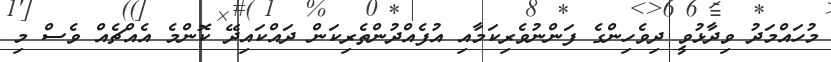
މުހައްމަދު ވިދާޅުވީ ދިވެހިންގެ ފަންނުވެރިކަމާއި އުފެއްދުންތެރިކަން ދައްކައިދޭ ކޮންމެ އެއްޗެއް ވެސް މި